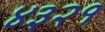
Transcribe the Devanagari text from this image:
४३२१